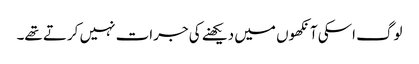
لوگ اسکی آنکھوں میں دیکھنے کی جرات نہیں کرتے تھے۔